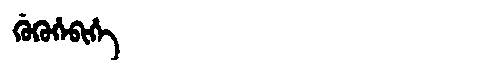
Manchu: ᡤᡠᡴᡠᡥᡝᠪᡳᡥᡝ
Romanization: GUKUHEBIHE